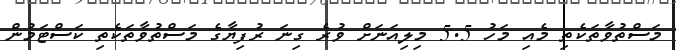
މަސްތުވާތަކެތި މެއި މަހު 5.5 މިލިއަނަށް ވުރެ ގިނަ ރުފިޔާގެ މަސްތުވާތަކެތި ކަސްޓަމުން